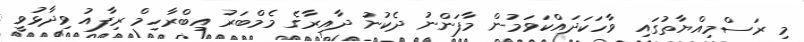
މި ރަސްމިއްޔާތުގައި ވާހަކަދައްކަވަމުން މާފަންނު ދެކުނު ދާއިރާގެ މެމްބަރު އިބްރާހިމް ރިފާއު ވިދާޅުވީ